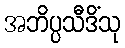
အဘိပ္ပသီဒိံသု